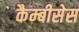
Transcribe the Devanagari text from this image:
कैम्बीसेस